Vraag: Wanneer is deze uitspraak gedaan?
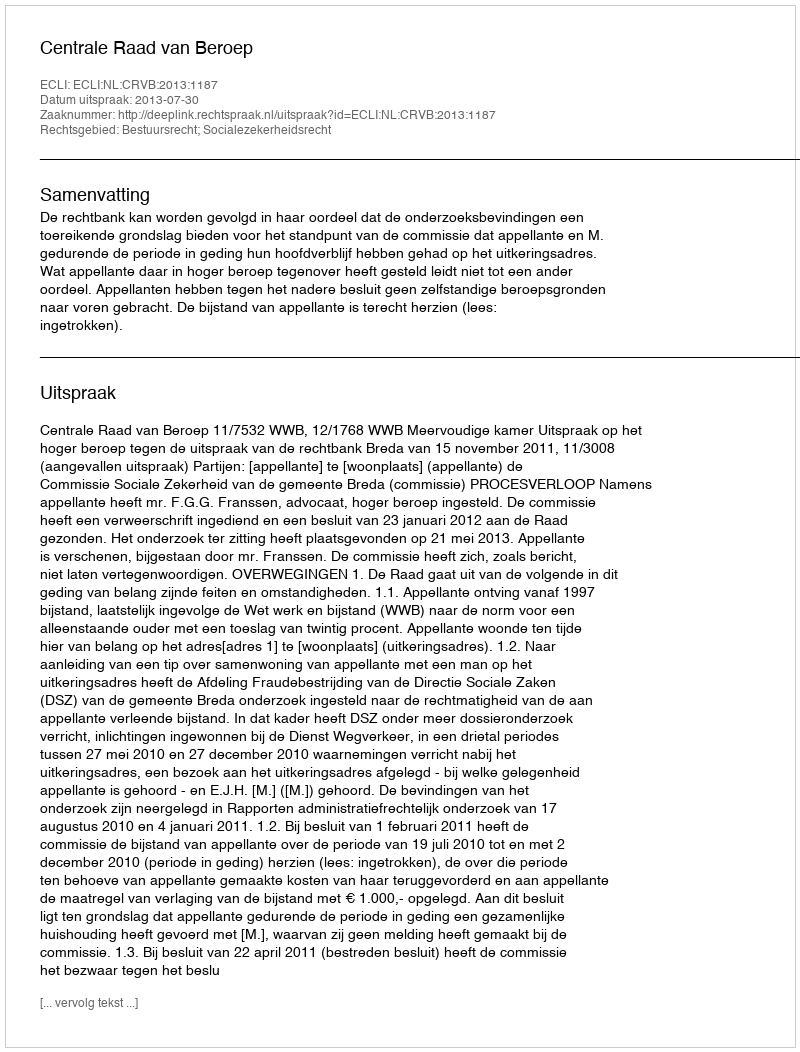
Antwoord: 2013-07-30